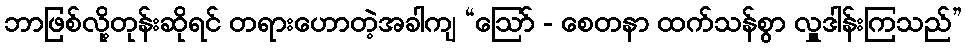
ဘာဖြစ်လို့တုန်းဆိုရင် တရားဟောတဲ့အခါကျ “ဩော် - စေတနာ ထက်သန်စွာ လှူဒါန်းကြသည်”